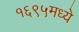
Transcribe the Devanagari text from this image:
१६९५मध्ये